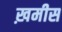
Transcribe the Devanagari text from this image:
ख़मीस